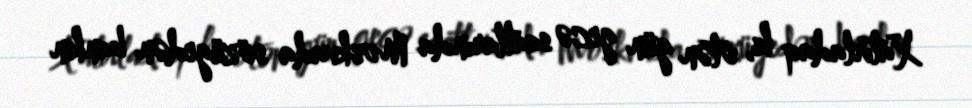
Xatırladaq ki, ötən gün gecə saatlarında Moskvada sözügedən bankın